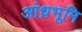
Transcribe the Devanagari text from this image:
आंध्रभूमि